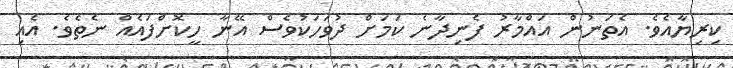
ކިރިޔާއެވެ. އެތަނުން އައްމާރު ފެނިދާނެ ކަމަށް ދުވަހަކުވެސް އޭނާ ހީކޮށްފައެއް ނެތެވެ. އެއި